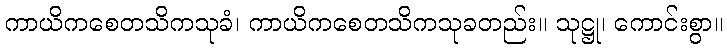
ကာယိကစေတသိကသုခံ၊ ကာယိကစေတသိကသုခတည်း။ သုဋ္ဌု၊ ကောင်းစွာ။